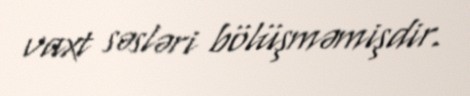
vaxt səsləri bölüşməmişdir.